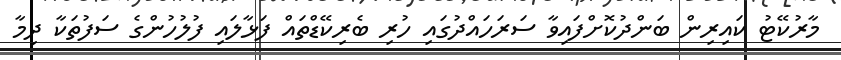
މާރުކޭޓު ކައިރިން ބަންދުކޮށްފައިވާ ސަރަހައްދުގައި ހުރި ބެރިކޭޑްތައް ފަޅާލައި ފުލުހުންގެ ސަފުތަކާ ދިމާ